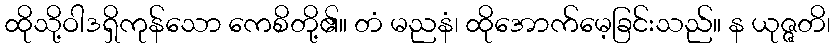
ထိုသို့ဝါဒရှိကုန်သော ကေစိတို့၏။ တံ မညနံ၊ ထိုအောက်မေ့ခြင်းသည်။ န ယုဇ္ဇတိ၊